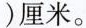
)厘米。